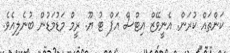
ކަންތައް ކުރަން. އެނީވޭޒް އިޓްސް އަޕް ޓު ޔޫ. ރީމް މަޑުމަޑުން ބުނެލިއެވެ.